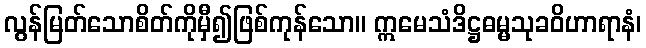
လွန်မြတ်သောစိတ်ကိုမှီ၍ဖြစ်ကုန်သော။ ဣမေသံဒိဋ္ဌဓမ္မသုခဝိဟာရာနံ၊